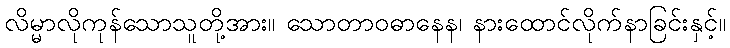
လိမ္မာလိုကုန်သောသူတို့အား။ သောတာဝဓာနေန၊ နားထောင်လိုက်နာခြင်းနှင့်။